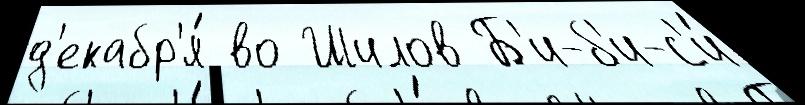
д'екабр'я́ во Шилов Б'и-б'и-с'и́